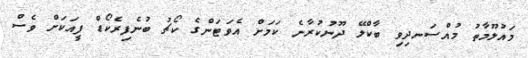
މައުލޫމާތު މުއްސަނދިވި ބާކްލޭ ދޫނުކުރާނެ ކަމަށް އެވަޓަންގެ ކޯޗު ބުނެފިރެކޯޑް ފީއަކަށް ވެސް